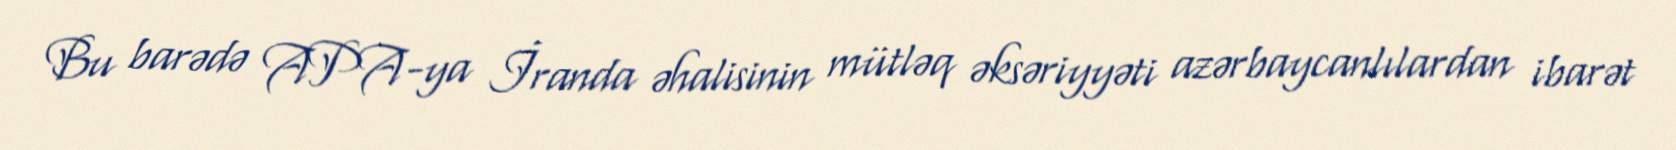
Bu barədə APA-ya İranda əhalisinin mütləq əksəriyyəti azərbaycanlılardan ibarət